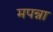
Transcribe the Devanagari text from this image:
मपन्ना